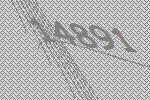
14891